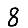
Digit: 8